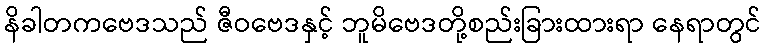
နိခါတကဗေဒသည် ဇီဝဗေဒနှင့် ဘူမိဗေဒတို့စည်းခြားထားရာ နေရာတွင်